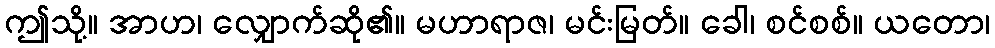
ဤသို့။ အာဟ၊ လျှောက်ဆို၏။ မဟာရာဇ၊ မင်းမြတ်။ ခေါ၊ စင်စစ်။ ယတော၊